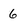
Character: 6